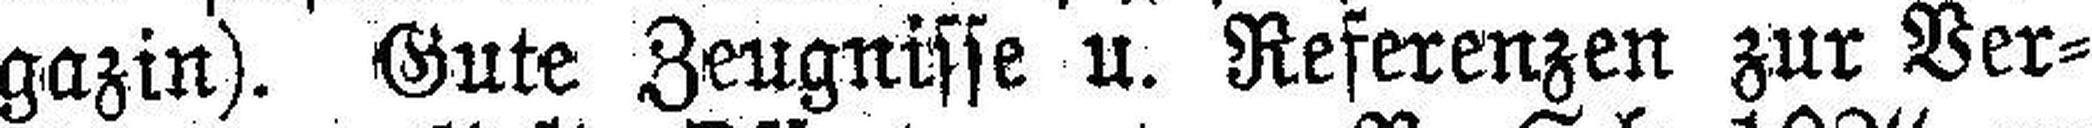
gazin). Gute Zeugnisse u. Referenzen zur Ver¬